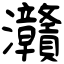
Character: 灨